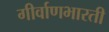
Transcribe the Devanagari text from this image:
गीर्वाणभारती